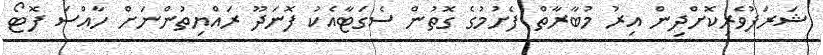
ޝަރަފުވެރިކޮށްދިން އިރު މުބާރާތް ފެށުމުގެ ގޮތުން ސެގަޓާއެކު ފޮނަދޫ ރައްޔިތުންނަށް ހާއްސަ ފޮޓޯ